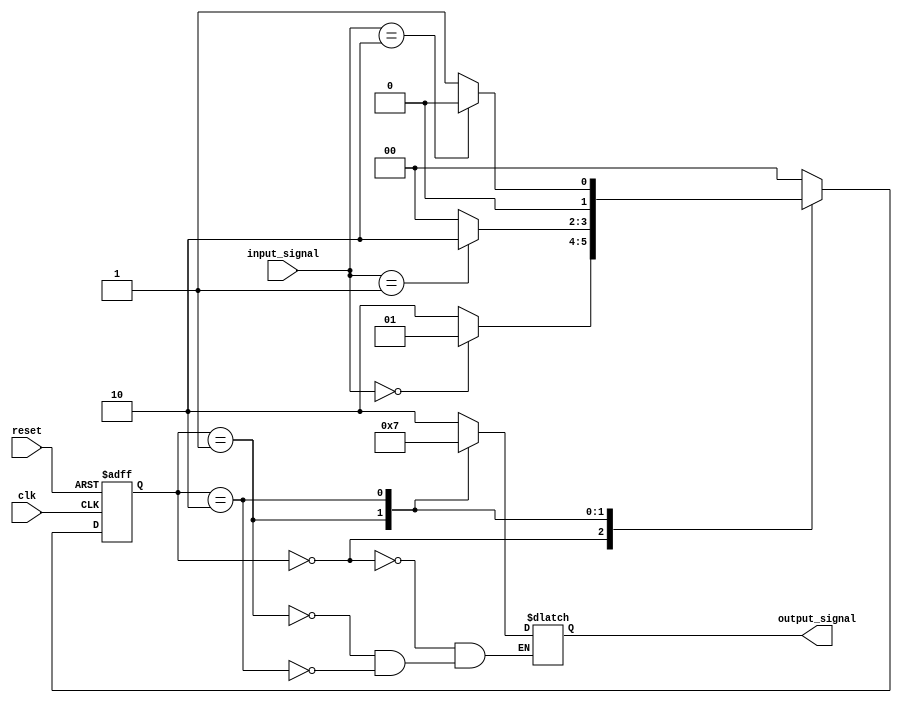
module fsm (
    input wire clk,
    input wire reset,
    input wire [1:0] input_signal,
    output wire [1:0] output_signal
);

// Define states
parameter STATE_A = 2'b00;
parameter STATE_B = 2'b01;
parameter STATE_C = 2'b10;

// Define next state logic
reg [1:0] current_state, next_state;

always @(posedge clk or posedge reset) begin
    if (reset) begin
        current_state <= STATE_A;
    end else begin
        current_state <= next_state;
    end
end

always @* begin
    case (current_state)
        STATE_A: begin
            if (input_signal == 2'b00) next_state = STATE_B;
            else next_state = STATE_C;
            output_signal = 2'b10;
        end
        STATE_B: begin
            if (input_signal == 2'b01) next_state = STATE_C;
            else next_state = STATE_A;
            output_signal = 2'b01;
        end
        STATE_C: begin
            if (input_signal == 2'b10) next_state = STATE_A;
            else next_state = STATE_B;
            output_signal = 2'b11;
        end
        default: next_state = STATE_A;
    endcase
end

endmodule